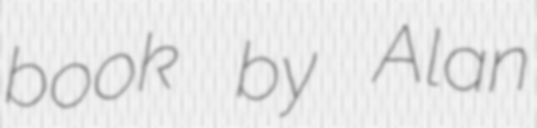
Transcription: book by Alan